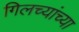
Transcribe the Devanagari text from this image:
गिलच्यांच्या